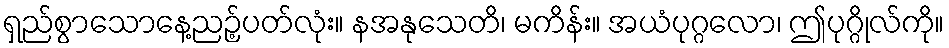
ရှည်စွာသောနေ့ညဉ့်ပတ်လုံး။ နအနုသေတိ၊ မကိန်း။ အယံပုဂ္ဂလော၊ ဤပုဂ္ဂိုလ်ကို။